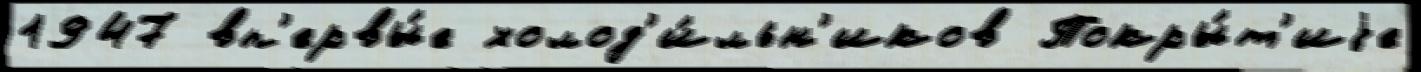
1947 вп'ервы́е холод'и́льн'иков Покры́т'иjе